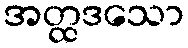
အတ္ထဒသော